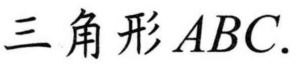
三角形\(ABC\).